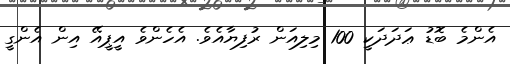
އެންމެ ބޮޑު ޢަދަދަކީ 100 މިލިއަން ރުފިޔާއެވެ. އެހެންވެ އީޕީއޭ އިން އެންގީ